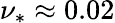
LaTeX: \nu_{*}\approx 0.02